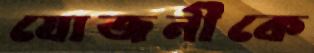
যোজনীকে